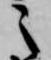
之